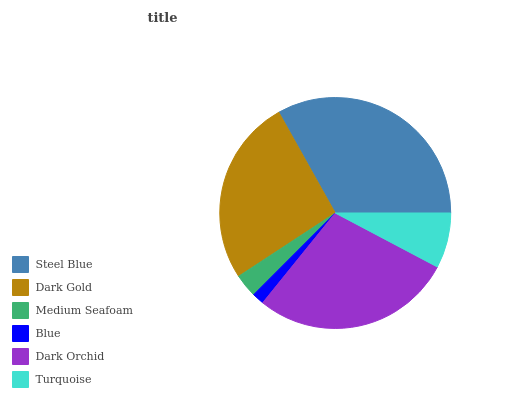
| Steel Blue | Dark Gold | Medium Seafoam | Blue | Dark Orchid | Turquoise |
 | --- | --- | --- | --- | --- | --- |
 | 33.1% | 26.1% | 3.28% | 1.67% | 28% | 7.74% |